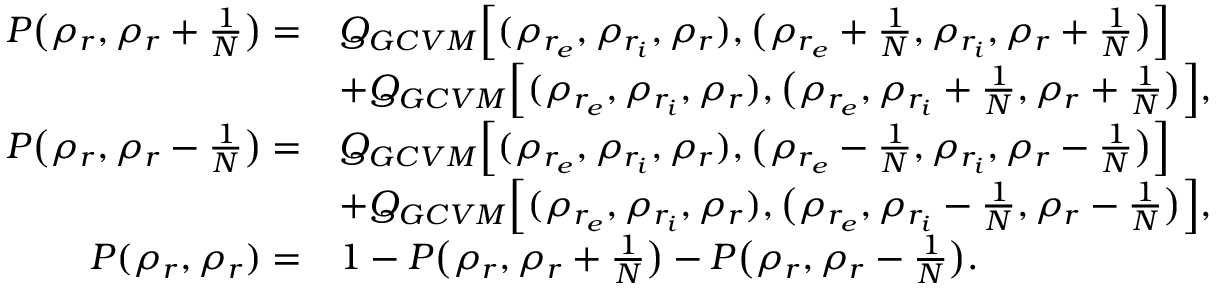
\begin{array} { r l } { P \big ( \rho _ { r } , \rho _ { r } + \frac { 1 } { N } \big ) = } & { Q _ { G C V M } \Big [ ( \rho _ { r _ { e } } , \rho _ { r _ { i } } , \rho _ { r } ) , \big ( \rho _ { r _ { e } } + \frac { 1 } { N } , \rho _ { r _ { i } } , \rho _ { r } + \frac { 1 } { N } \big ) \Big ] } \\ & { + Q _ { G C V M } \Big [ ( \rho _ { r _ { e } } , \rho _ { r _ { i } } , \rho _ { r } ) , \big ( \rho _ { r _ { e } } , \rho _ { r _ { i } } + \frac { 1 } { N } , \rho _ { r } + \frac { 1 } { N } \big ) \Big ] , } \\ { P \big ( \rho _ { r } , \rho _ { r } - \frac { 1 } { N } \big ) = } & { Q _ { G C V M } \Big [ ( \rho _ { r _ { e } } , \rho _ { r _ { i } } , \rho _ { r } ) , \big ( \rho _ { r _ { e } } - \frac { 1 } { N } , \rho _ { r _ { i } } , \rho _ { r } - \frac { 1 } { N } \big ) \Big ] } \\ & { + Q _ { G C V M } \Big [ ( \rho _ { r _ { e } } , \rho _ { r _ { i } } , \rho _ { r } ) , \big ( \rho _ { r _ { e } } , \rho _ { r _ { i } } - \frac { 1 } { N } , \rho _ { r } - \frac { 1 } { N } \big ) \Big ] , } \\ { P ( \rho _ { r } , \rho _ { r } ) = } & { 1 - P \big ( \rho _ { r } , \rho _ { r } + \frac { 1 } { N } \big ) - P \big ( \rho _ { r } , \rho _ { r } - \frac { 1 } { N } \big ) . } \end{array}